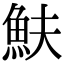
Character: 𩵩